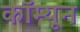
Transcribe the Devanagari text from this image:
कॉम्यून